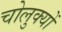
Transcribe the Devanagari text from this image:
चोलुक्यों